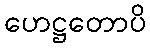
ဟေဋ္ဌတောပိ